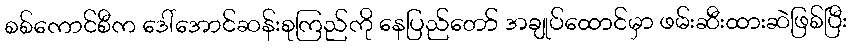
စစ်ကောင်စီက ဒေါ်အောင်ဆန်းစုကြည်ကို နေပြည်တော် အချုပ်ထောင်မှာ ဖမ်းဆီးထားဆဲဖြစ်ပြီး